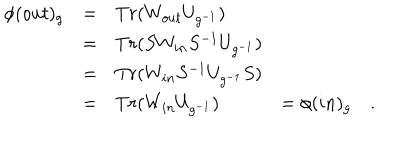
LaTeX: \begin{array} { l l l l } { { \nonumber \phi ( o u t ) _ { g } } } & { { = } } & { { T r ( W _ { o u t } U _ { g ^ { - 1 } } ) } } & { { } } \\ { { } } & { { = } } & { { T r ( S W _ { i n } S ^ { - 1 } U _ { g ^ { - 1 } } ) } } & { { } } \\ { { } } & { { = } } & { { T r ( W _ { i n } S ^ { - 1 } U _ { g ^ { - 1 } } S ) } } & { { } } \\ { { } } & { { = } } & { { T r ( W _ { i n } U _ { g ^ { - 1 } } ) } } & { { = \phi ( i n ) _ { g } \quad . } } \\ \end{array}